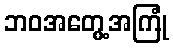
ဘဝအတွေ့အကြုံ